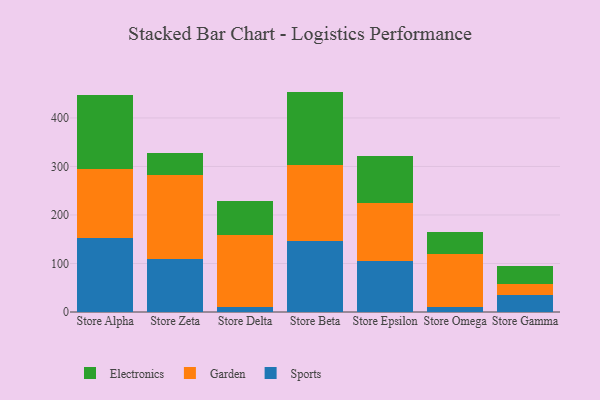
{"axis": {"x": "Store", "y": "Page Views"}, "legend": ["Electronics", "Garden", "Sports"], "data": [{"x": "Store Alpha", "y": 152.9, "type": "Sports"}, {"x": "Store Alpha", "y": 142.3, "type": "Garden"}, {"x": "Store Alpha", "y": 152.8, "type": "Electronics"}, {"x": "Store Zeta", "y": 108.7, "type": "Sports"}, {"x": "Store Zeta", "y": 172.8, "type": "Garden"}, {"x": "Store Zeta", "y": 45.6, "type": "Electronics"}, {"x": "Store Delta", "y": 9.9, "type": "Sports"}, {"x": "Store Delta", "y": 148.9, "type": "Garden"}, {"x": "Store Delta", "y": 70.8, "type": "Electronics"}, {"x": "Store Beta", "y": 146.7, "type": "Sports"}, {"x": "Store Beta", "y": 156.9, "type": "Garden"}, {"x": "Store Beta", "y": 150.7, "type": "Electronics"}, {"x": "Store Epsilon", "y": 105.6, "type": "Sports"}, {"x": "Store Epsilon", "y": 119.7, "type": "Garden"}, {"x": "Store Epsilon", "y": 96.5, "type": "Electronics"}, {"x": "Store Omega", "y": 10.1, "type": "Sports"}, {"x": "Store Omega", "y": 109.7, "type": "Garden"}, {"x": "Store Omega", "y": 45.1, "type": "Electronics"}, {"x": "Store Gamma", "y": 35.9, "type": "Sports"}, {"x": "Store Gamma", "y": 22.1, "type": "Garden"}, {"x": "Store Gamma", "y": 37.4, "type": "Electronics"}]}